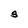
Character: S